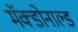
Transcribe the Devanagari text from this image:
मॅक्डोनाल्ड